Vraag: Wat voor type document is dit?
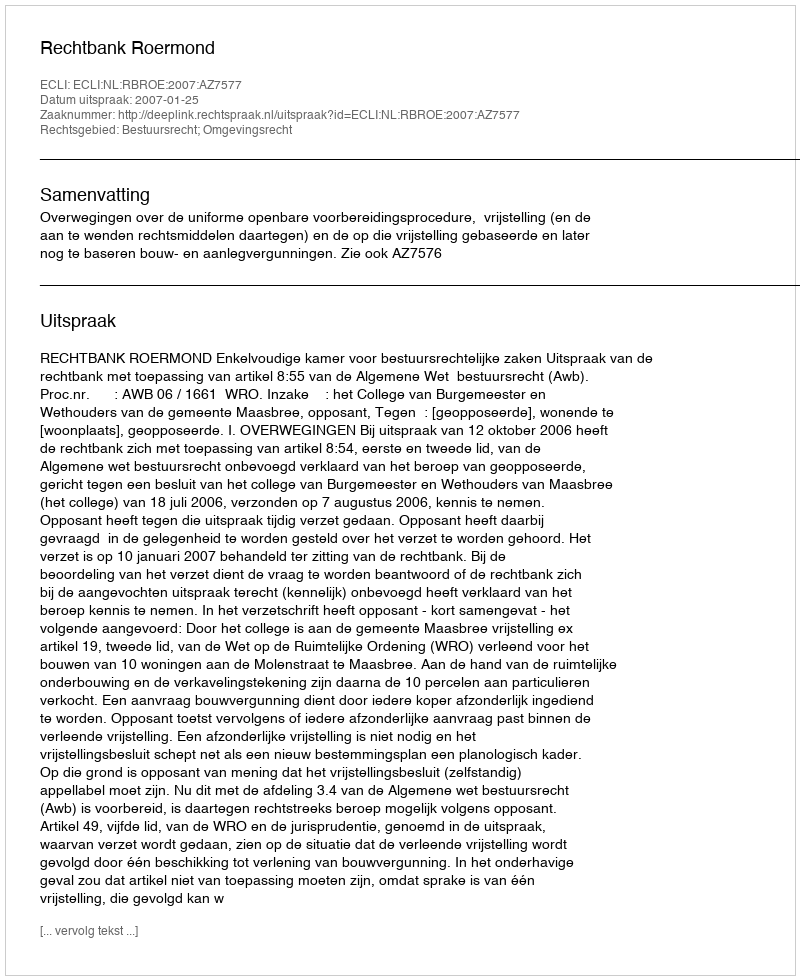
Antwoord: Uitspraak